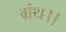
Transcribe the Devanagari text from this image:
ग्रंथ।।